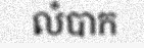
លំបាក